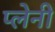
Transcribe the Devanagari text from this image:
प्लेनी